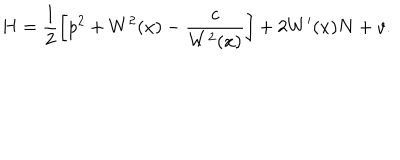
LaTeX: H = \frac 1 2 \left[ p ^ { 2 } + W ^ { 2 } ( x ) - \frac { c } { W ^ { 2 } ( x ) } \right] + 2 W ^ { \prime } ( x ) N + v .